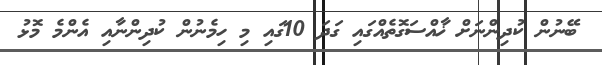
ބޭނުން ކުދިންނަށް ޚާއްސަގޮތެއްގައި ގަދަ 10ގައި މި ހިމެނުން ކުދިންނާއި އެންމެ މޮޅު